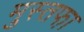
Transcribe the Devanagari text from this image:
मुस्तफा़